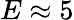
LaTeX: E\approx 5